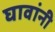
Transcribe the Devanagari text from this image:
घावांनी